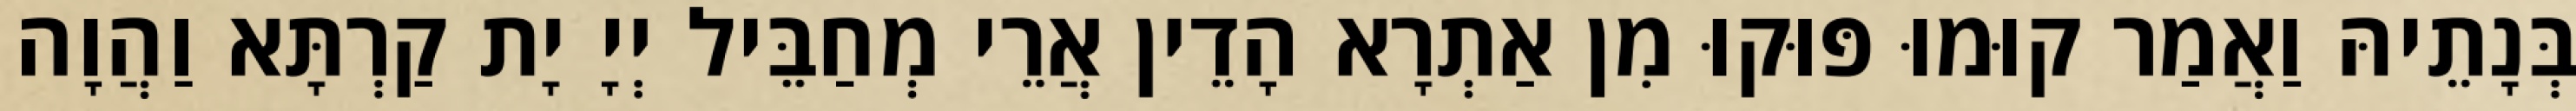
בְּנָתֵיהּ וַאֲמַר קוּמוּ פּוּקוּ מִן אַתְרָא הָדֵין אֲרֵי מְחַבֵּיל יְיָ יָת קַרְתָּא וַהֲוָה